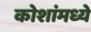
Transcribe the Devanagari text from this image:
कोशांमध्ये